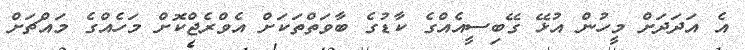
އެ އަދަދަށް މީހުން އުޅޭ ގޭބިސީއެއްގެ ކާޑުގެ ބާވަތްތަކަށް އެވްރެޖްކޮށް މަހެއްގެ މައްޗަށް